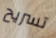
تسريح